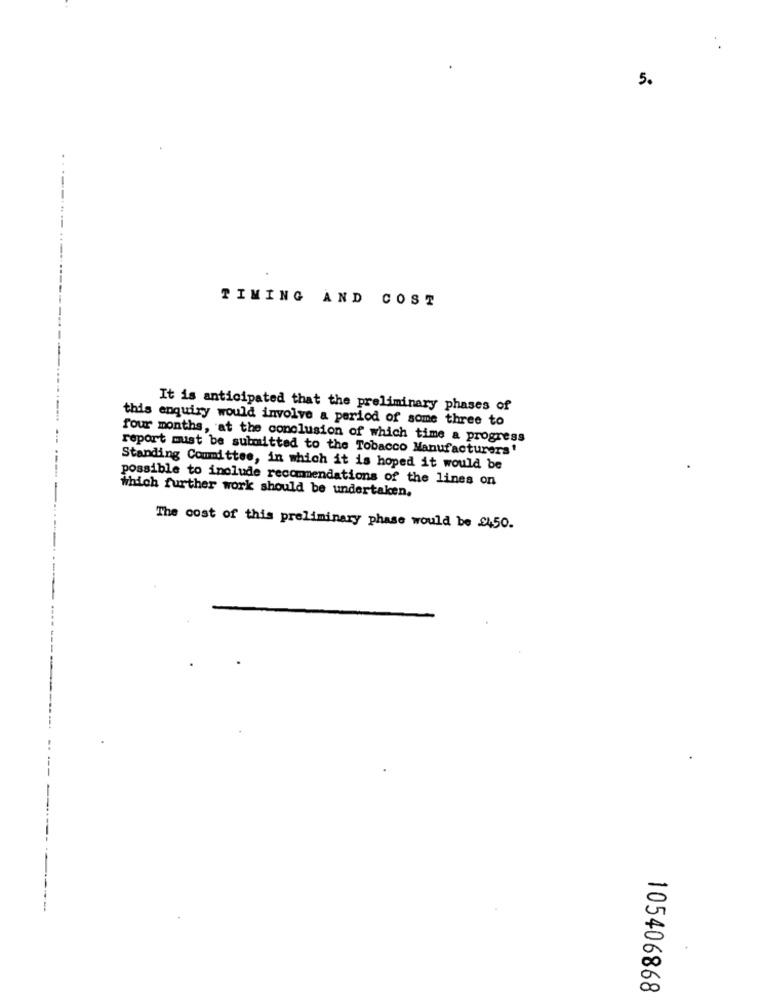
5.
TIMING AND COST
It is anticipated that the preliminary phases of
this enquiry would involve a period of some three to
four months, at the conclusion of which time a progress
report must be submitted to the Tobacco Manufacturers'
Standing Committee, in which it is hoped it would be
possible to include recommendations of the lines on
which further work should be undertaken.
The cost of this preliminary phase would be £450.
105406868